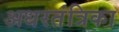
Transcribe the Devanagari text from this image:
अधरतंत्रिका